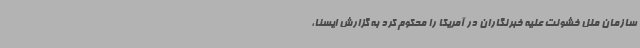
سازمان ملل خشونت علیه خبرنگاران در آمریکا را محکوم کرد به گزارش ایسنا،